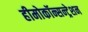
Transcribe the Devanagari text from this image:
हीमोकॉन्सन्ट्रेशन